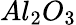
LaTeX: Al_{2}O_{3}